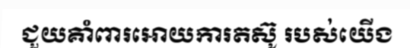
ជួយគាំពារអោយការតស៊ូ របស់យើង